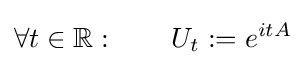
\forall t\in \mathbb {R} :\qquad U_{t}:=e^{itA}